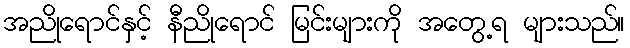
အညိုရောင်နှင့် နီညိုရောင် မြင်းများကို အတွေ့ရ များသည်။